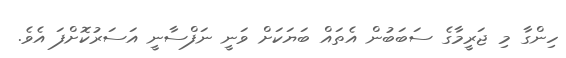
ހިންގާ މި ޖަރީމާގެ ސަބަބުން އެތައް ބަޔަކަށް ވަނީ ނަފްސާނީ އަސަރުކޮށްފަ އެވެ.